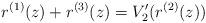
LaTeX: \begin{align*}r^{(1)}(z) + r^{(3)}(z) = V_2^{\prime}(r^{(2)}(z))\end{align*}